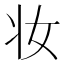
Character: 妆